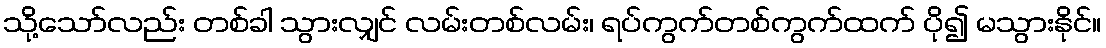
သို့သော်လည်း တစ်ခါ သွားလျှင် လမ်းတစ်လမ်း၊ ရပ်ကွက်တစ်ကွက်ထက် ပို၍ မသွားနိုင်။